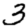
Digit: 3